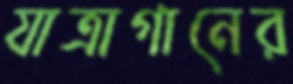
যাত্রাগানের